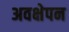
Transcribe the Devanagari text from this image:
अवक्षेपन